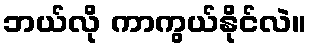
ဘယ်လို ကာကွယ်နိုင်လဲ။